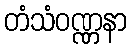
တံသံဝဏ္ဏနာ